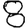
Digit: 8